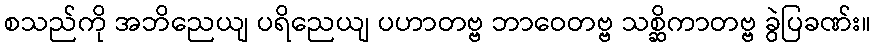
စသည်ကို အဘိညေယျ ပရိညေယျ ပဟာတဗ္ဗ ဘာဝေတဗ္ဗ သစ္ဆိကာတဗ္ဗ ခွဲပြခဏ်း။